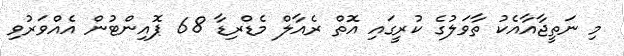
މި ނަތީޖާއާއެކު ތާވަލުގެ ކުރީގައި އޮތް ރެއާލް މެޑްރިޑާ 68 ޕޮއިންޓުން އެއްވަރުވި